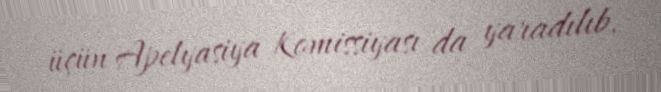
üçün Apelyasiya Komissiyası da yaradılıb.